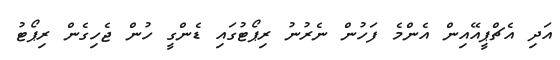
އަދި އެޗްޕީއޭއިން އެންމެ ފަހުން ނެރުނު ރިޕޯޓުގައި ޑެންގީ ހުން ޖެހިގެން ރިޕޯޓު